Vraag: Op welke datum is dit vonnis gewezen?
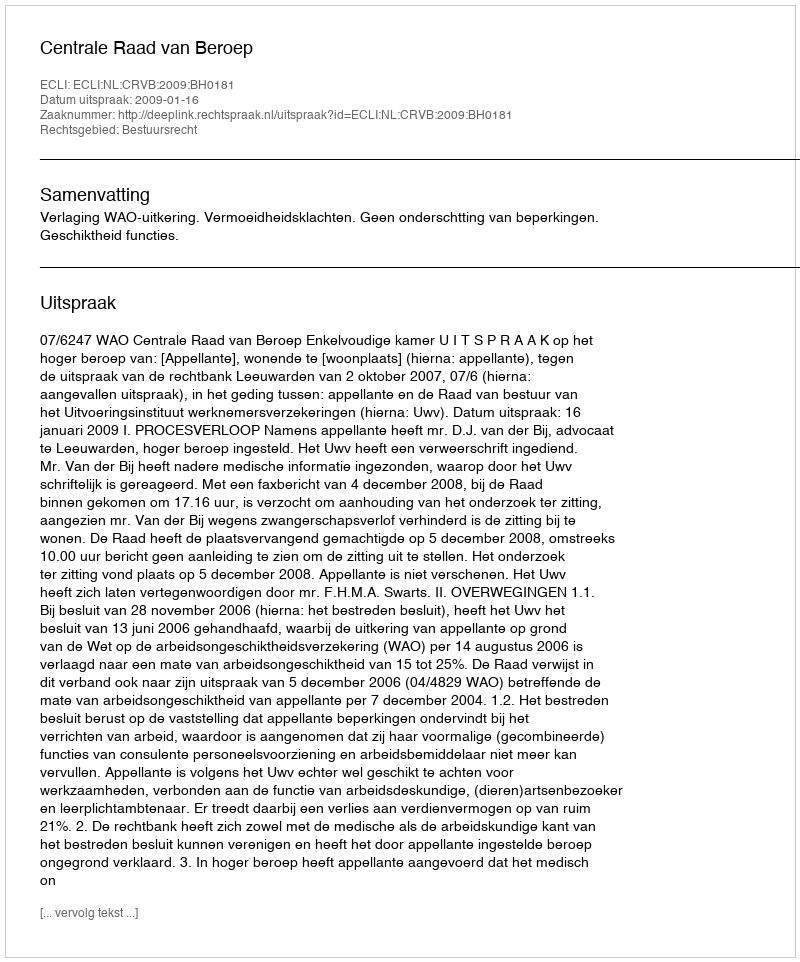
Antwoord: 2009-01-16